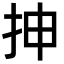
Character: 抻